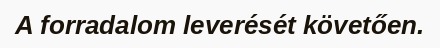
A forradalom leverését követően.